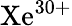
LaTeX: \mathrm{Xe^{30+}}